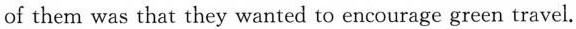
of them was that they wanted to encourage green travel.